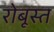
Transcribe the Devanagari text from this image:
रोबूस्त